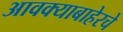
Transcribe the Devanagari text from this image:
आवक्याबाहेरचे